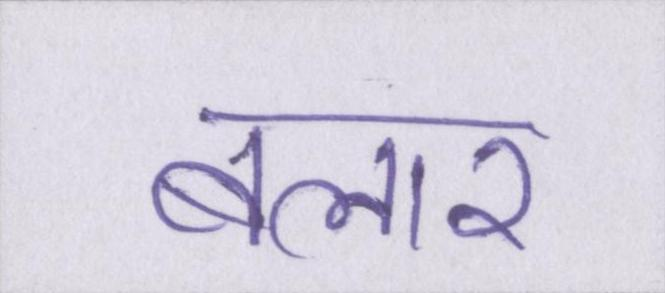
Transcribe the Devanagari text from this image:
बलार